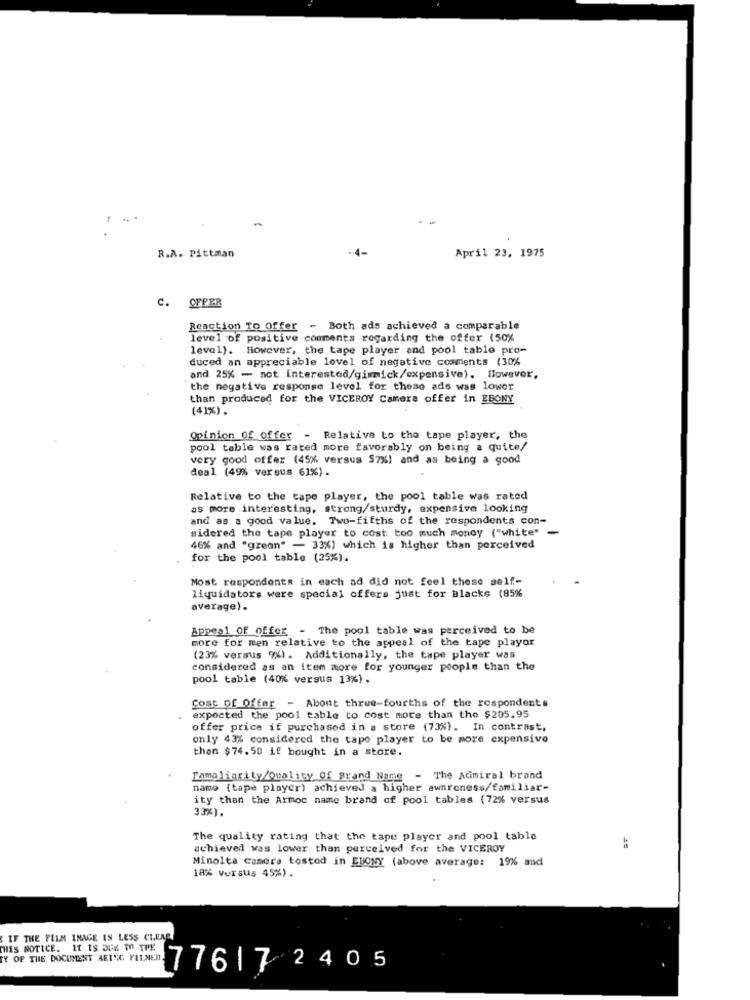
R.A. Pittman
-4-
April 23, 1975
C. OFFER
Reaction To Offer - Both ads achieved a comparable
level of positive comments regarding the offer (50%
level). However, the tape player and pool tablo pro-
duced an appreciable lovel of negative comments (30%
and 25% - not interested/gimmick/expensive). However,
the negative response level for these ads was lower
than produced for the VICEROY Camera offer in EBONY
(41%) .
Opinion of offer - Relative to the tape player, the
pool table was rated more favorably on being a quite/
very good offer (45% versus 57%) and as being a good
deal (49% versus 61%).
Relative to the tape player, the pool table was rated
as more interesting, strong/sturdy, expensive looking
and as a good value. Two-fifths of the respondents con-
sidered the tape player to cost too much money ("white" -
46% and "green" - 33%) which is higher than perceived
for the pool table (25%) .
Most respondents in each ad did not feel these self-
liquidators were special offers just for Blacks (85%
average).
Appeal of offer - The pool table was perceived to be
more for men relative to the appeal of the tape playor
(23% versus %). Additionally, the tape player was
considered as an item more for younger people than the
pool table (40% versus 13%) .
Cost of Offer - About three-fourths of the respondents
expected the pool table to cost more than the $205.95
offer price if purchased in a store (73%). In contrast,
only 43% considered the tape player to be more expensive
then $74.50 if bought in a store.
[amaliarity/Quality of Brand Name - The Acimiral brand
name (tape player) achieved a higher awareness/familiar-
ity than the Armoc name brand of pool tables (72% versus
33%).
The quality rating that the tape player and pool table
achieved was lower than perceived for the VICEROY
Minolta camera tostod in EBONY (above average: 19% and
18% versus 45%).
IF THE FILM IMAGE IS LESS CLEAR
THIS NOTICE. 11 1S DUE TO THE
Y OP THE DOCUMENT BEISE PLENED: 77617 2405